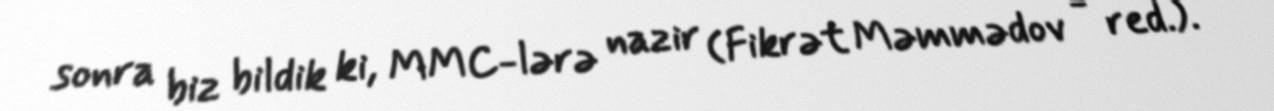
sonra biz bildik ki, MMC-lərə nazir (Fikrət Məmmədov - red.).